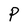
Character: P